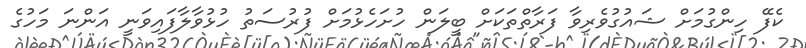
ކެފޭ ހިންގުމަށް ޝައުގުވެރިވާ ފަރާތްތަކަށް ބީލަން ހުށަހެޅުމަށް ފުރުސަތު ހުޅުވާލާފައިވަނީ އަންނަ މަހުގެ